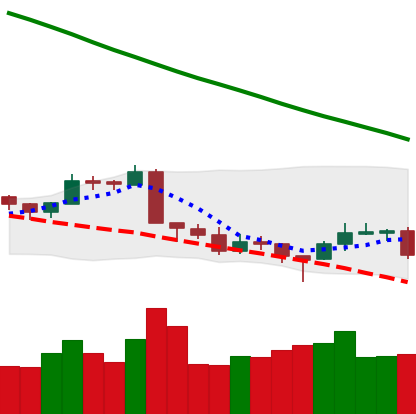
Ticker: LTC-USD
Chart end date: 2018-09-17
Forward return: 15.029%
Label: up_7plus